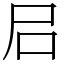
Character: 𡰪